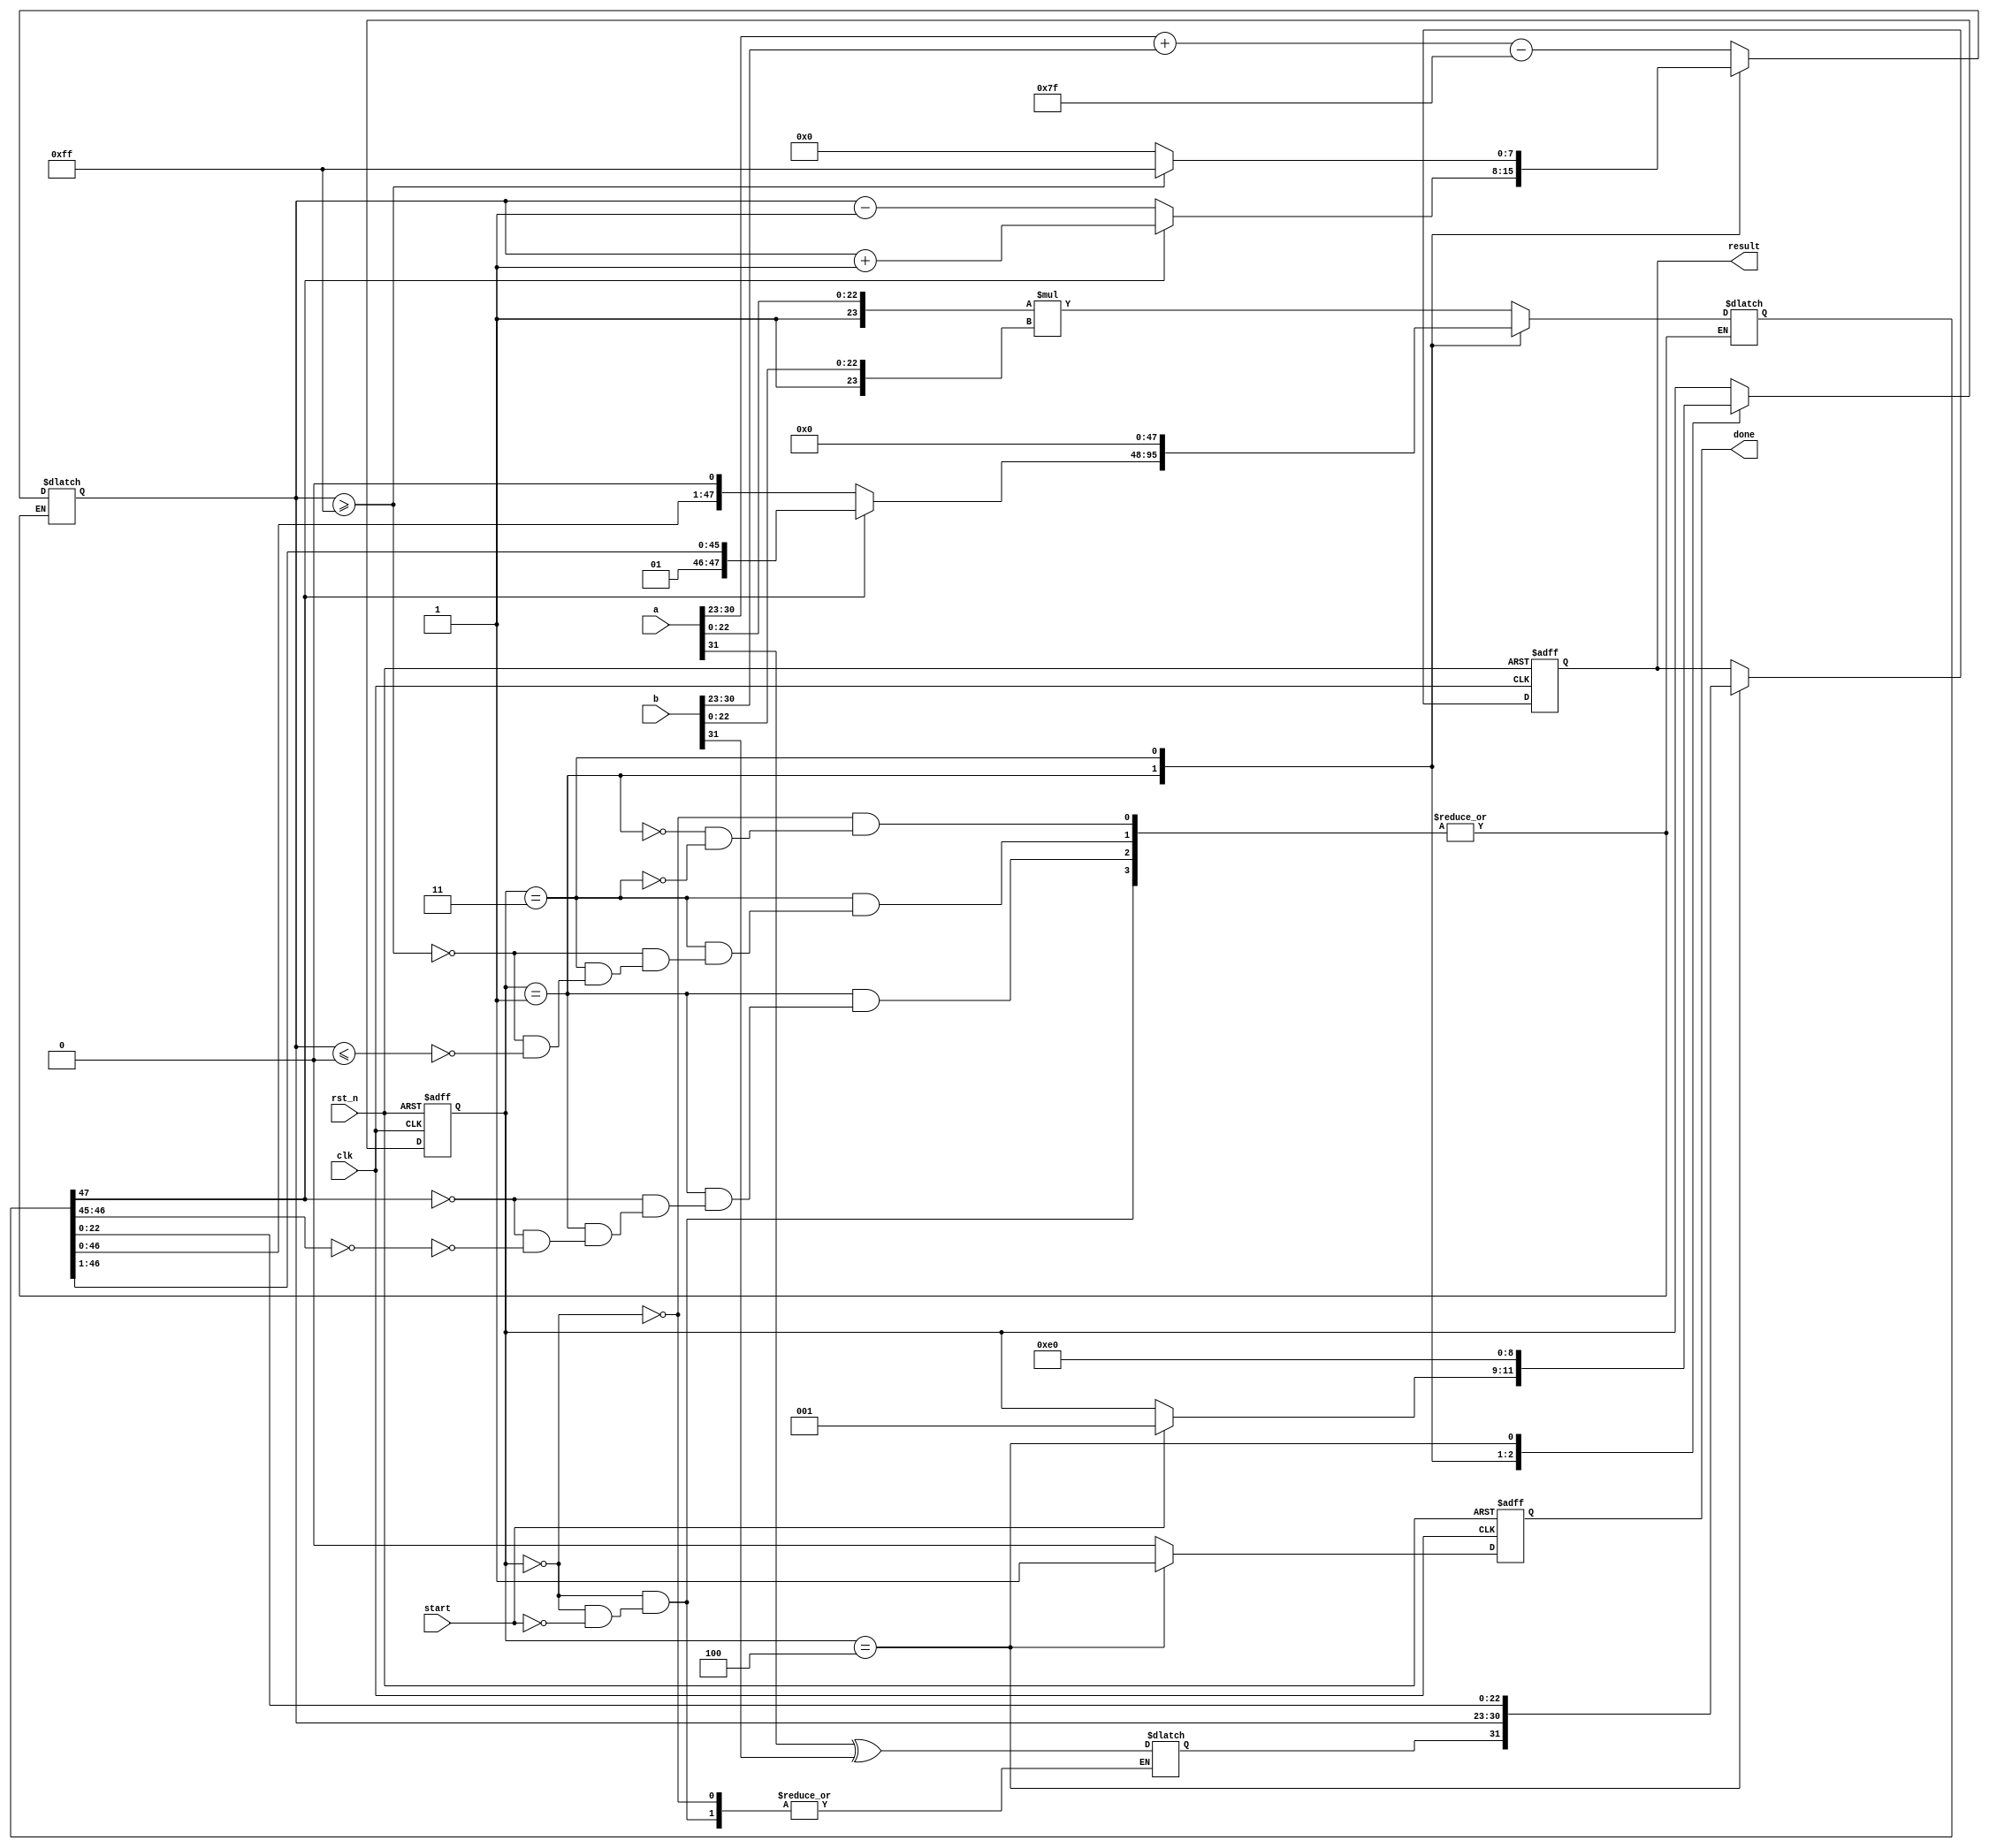
module floating_point_multiplier (
    input clk,
    input rst_n,
    input start,
    input [31:0] a, // First floating-point number
    input [31:0] b, // Second floating-point number
    output reg [31:0] result, // Resulting floating-point number
    output reg done // Indicates completion of multiplication
);

    // Floating-point components
    wire sign_a = a[31];
    wire sign_b = b[31];
    wire [7:0] exp_a = a[30:23];
    wire [7:0] exp_b = b[30:23];
    wire [22:0] mant_a = a[22:0];
    wire [22:0] mant_b = b[22:0];

    reg [7:0] exp_result;
    reg [47:0] mant_result; // 23 + 23 = 46 bits for mantissa multiplication
    reg sign_result;
    reg [2:0] state; // State variable for FSM
    reg [2:0] next_state;

    // State encoding
    localparam IDLE = 3'b000,
               NORMALIZE = 3'b001,
               MULTIPLY = 3'b010,
               POSTPROCESS = 3'b011,
               OUTPUT = 3'b100;

    // Bias for single-precision floating-point
    localparam BIAS = 8'd127;

    // Sequential logic for state machine
    always @(posedge clk or negedge rst_n) begin
        if (!rst_n) begin
            state <= IDLE;
            result <= 32'b0;
            done <= 1'b0;
        end else begin
            state <= next_state;
            if (state == OUTPUT) begin
                result <= {sign_result, exp_result, mant_result[22:0]};
                done <= 1'b1;
            end else begin
                done <= 1'b0;
            end
        end
    end

    // Combinational logic for state transitions and operations
    always @(*) begin
        next_state = state;
        case (state)
            IDLE: begin
                if (start) begin
                    sign_result = sign_a ^ sign_b; // Calculate sign
                    exp_result = exp_a + exp_b - BIAS; // Initial exponent addition
                    mant_result = {1'b1, mant_a} * {1'b1, mant_b}; // Initial mantissa multiplication
                    next_state = NORMALIZE;
                end
            end
            NORMALIZE: begin
                // Normalize mantissa and adjust exponent if necessary
                if (mant_result[47]) begin
                    mant_result = mant_result >> 1; // Right shift
                    exp_result = exp_result + 1; // Increment exponent
                end else if (mant_result[46:45] == 2'b00) begin
                    mant_result = mant_result << 1; // Left shift
                    exp_result = exp_result - 1; // Decrement exponent
                end
                next_state = POSTPROCESS;
            end
            POSTPROCESS: begin
                // Handle overflow/underflow
                if (exp_result >= 8'd255) begin
                    exp_result = 8'd255; // Set to max for overflow
                    mant_result = 0; // Set mantissa to zero
                end else if (exp_result <= 8'd0) begin
                    exp_result = 8'd0; // Set to min for underflow
                    mant_result = 0; // Set mantissa to zero
                end
                next_state = OUTPUT;
            end
            OUTPUT: begin
                // Final output is set in the sequential block
                next_state = IDLE; // Go back to IDLE
            end
        endcase
    end

endmodule